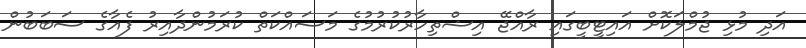
އަދި މުޅި ޖުމްލަކޮށް އައިޓީބީގައި ރާއްޖޭ އިޝްތިހާރުކުރުމުގެ މަސައްކަތް ކުރަމުންދާއިރު ފެއާގެ ސަބަބުން